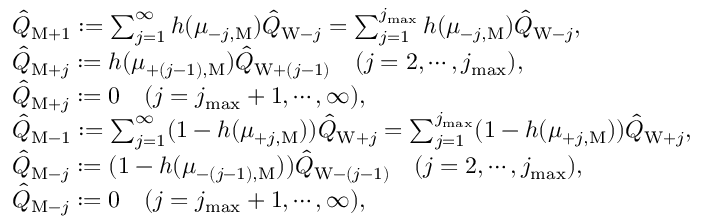
\begin{array} { r l } & { \hat { Q } _ { \mathrm { M } + 1 } : = \sum _ { j = 1 } ^ { \infty } h ( \mu _ { - j , \mathrm { M } } ) \hat { Q } _ { \mathrm { W } - j } = \sum _ { j = 1 } ^ { j _ { \operatorname* { m a x } } } h ( \mu _ { - j , \mathrm { M } } ) \hat { Q } _ { \mathrm { W } - j } , } \\ & { \hat { Q } _ { \mathrm { M } + j } : = h ( \mu _ { + ( j - 1 ) , \mathrm { M } } ) \hat { Q } _ { \mathrm { W } + ( j - 1 ) } \quad ( j = 2 , \cdots , j _ { \operatorname* { m a x } } ) , } \\ & { \hat { Q } _ { \mathrm { M } + j } : = 0 \quad ( j = j _ { \operatorname* { m a x } } + 1 , \cdots , \infty ) , } \\ & { \hat { Q } _ { \mathrm { M } - 1 } : = \sum _ { j = 1 } ^ { \infty } ( 1 - h ( \mu _ { + j , \mathrm { M } } ) ) \hat { Q } _ { \mathrm { W } + j } = \sum _ { j = 1 } ^ { j _ { \operatorname* { m a x } } } ( 1 - h ( \mu _ { + j , \mathrm { M } } ) ) \hat { Q } _ { \mathrm { W } + j } , } \\ & { \hat { Q } _ { \mathrm { M } - j } : = ( 1 - h ( \mu _ { - ( j - 1 ) , \mathrm { M } } ) ) \hat { Q } _ { \mathrm { W } - ( j - 1 ) } \quad ( j = 2 , \cdots , j _ { \operatorname* { m a x } } ) , } \\ & { \hat { Q } _ { \mathrm { M } - j } : = 0 \quad ( j = j _ { \operatorname* { m a x } } + 1 , \cdots , \infty ) , } \end{array}